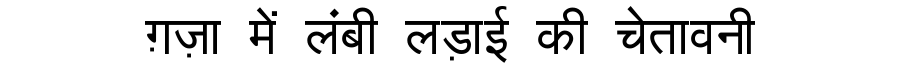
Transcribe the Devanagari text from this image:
ग़ज़ा में लंबी लड़ाई की चेतावनी